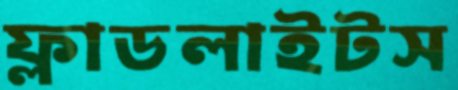
ফ্লাডলাইটস